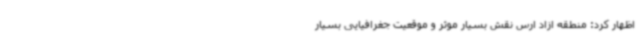
اظهار کرد: منطقه ازاد ارس نقش بسیار موثر و موقعیت جغرافیایی بسیار